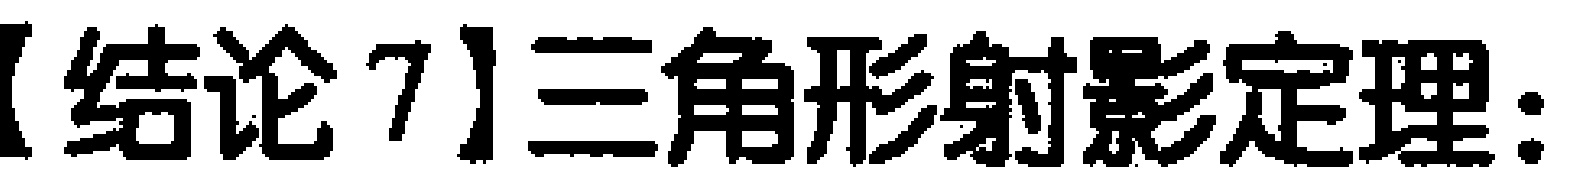
【结论7】三角形射影定理：